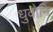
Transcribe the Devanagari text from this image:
धुवोनि